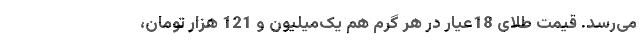
می‌رسد. قیمت طلای 18عیار در هر گرم هم یک‌میلیون و 121 هزار تومان،